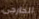
الخارجى